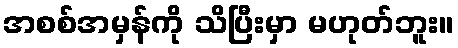
အစစ်အမှန်ကို သိပြီးမှာ မဟုတ်ဘူး။